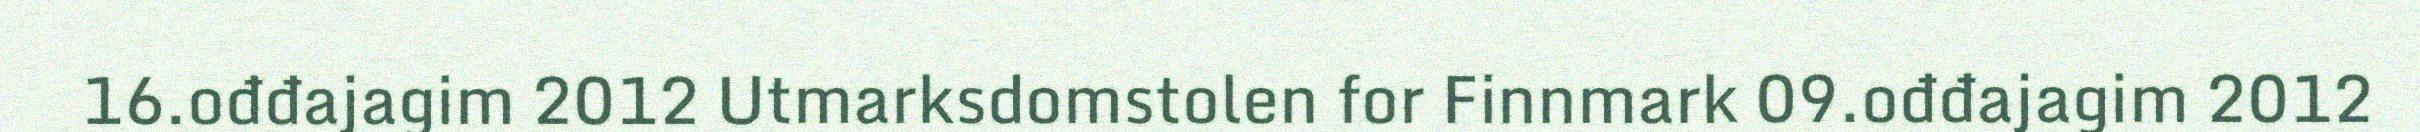
16.ođđajagim 2012 Utmarksdomstolen for Finnmark 09.ođđajagim 2012